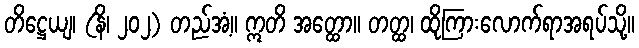
တိဋ္ဌေယျ၊ (နိ၊ ၂၀၂) တည်အံ့။ ဣတိ အတ္ထော။ တတ္ထ၊ ထိုကြားလောက်ရာအရပ်သို့။